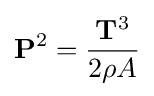
\mathbf {P} ^{2}={\frac {\mathbf {T} ^{3}}{2\rho A}}